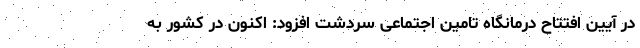
در آیین افتتاح درمانگاه تامین اجتماعی سردشت افزود: اکنون در کشور به